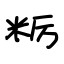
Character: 粝